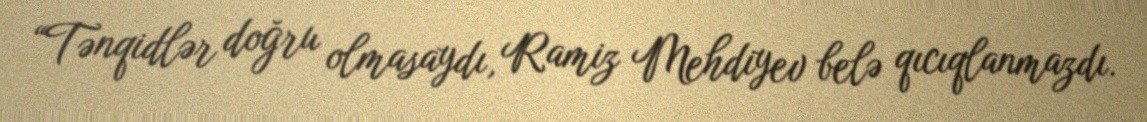
“Tənqidlər doğru olmasaydı, Ramiz Mehdiyev belə qıcıqlanmazdı.